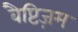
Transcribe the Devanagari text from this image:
बैप्टिज़म